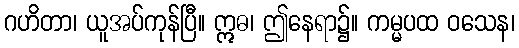
ဂဟိတာ၊ ယူအပ်ကုန်ပြီ။ ဣဓ၊ ဤနေရာ၌။ ကမ္မပထ ဝသေန၊